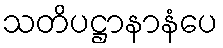
သတိပဋ္ဌာနာနံပေ